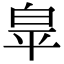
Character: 𭽏